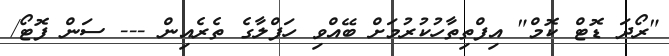
"ރޯދަ ޑޮޓް ކޮމް" އިފްތިތާހުކުރުމަށް ބޭއްވި ހަފްލާގެ ތެރެއިން --- ސަން ފޮޓޯ/